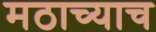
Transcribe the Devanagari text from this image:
मठाच्याच